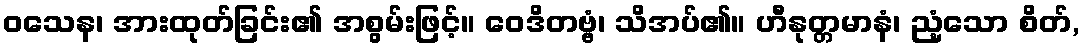
ဝသေန၊ အားထုတ်ခြင်း၏ အစွမ်းဖြင့်။ ဝေဒိတဗ္ဗံ၊ သိအပ်၏။ ဟီနုတ္တမာနံ၊ ညံ့သော စိတ်,